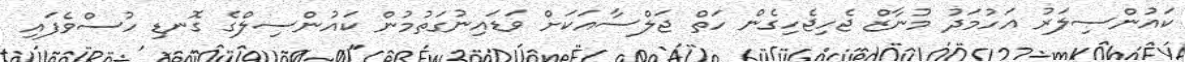
ކައުންސިލަރު އަހުމަދު މުނާޒް ޖެހިޖެހިގެން ހަތް ޖަލްސާއަކަށް ވަޑައިނުގަތުމުން ކައުންސިލްގެ ގޮނޑި ހުސްވެފައި